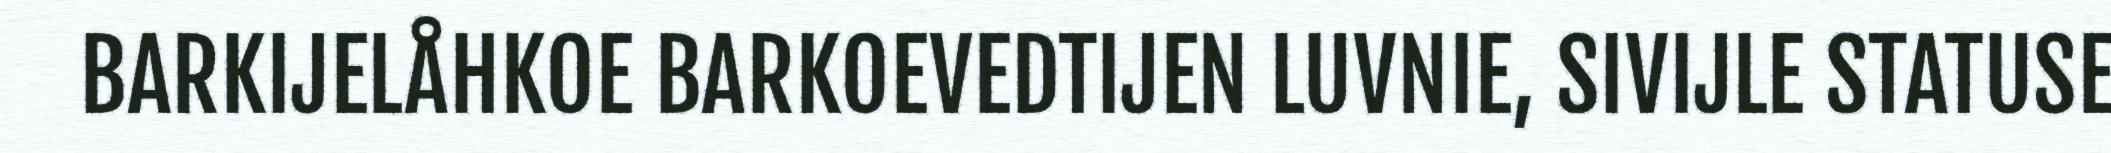
BARKIJELÅHKOE BARKOEVEDTIJEN LUVNIE, SIVIJLE STATUSE